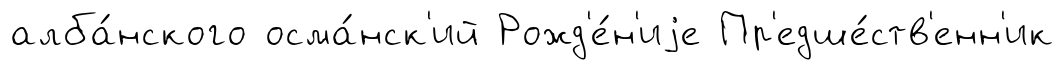
алба́нского осма́нск'ий Рожд'е́н'иjе Пр'едше́ств'енн'ик